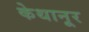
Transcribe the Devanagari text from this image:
केथानूर